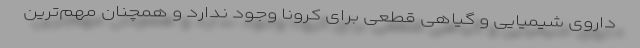
داروی شیمیایی و گیاهی قطعی برای کرونا وجود ندارد و همچنان مهم‌ترین